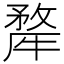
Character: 𭷳